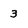
Character: 3